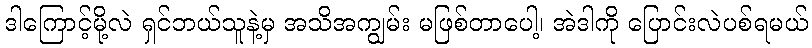
ဒါကြောင့်မို့လဲ ရှင်ဘယ်သူနဲ့မှ အသိအကျွမ်း မဖြစ်တာပေါ့၊ အဲဒါကို ပြောင်းလဲပစ်ရမယ်